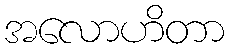
အလောဟိတာ